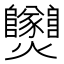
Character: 𤓫